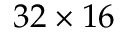
3 2 \times 1 6